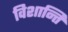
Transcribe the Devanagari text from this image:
विशान्ति